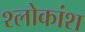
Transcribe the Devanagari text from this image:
श्लोकांश